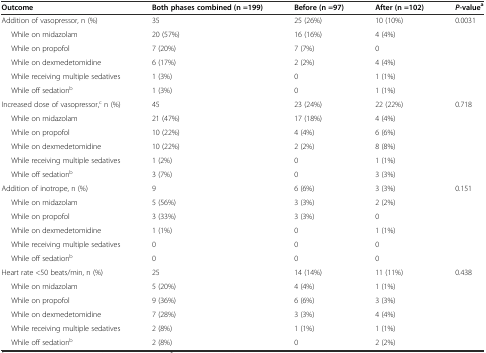
<table><thead><tr><td><b>Outcome</b></td><td><b>Both phases combined (n =199)</b></td><td><b>Before (n =97)</b></td><td><b>After (n =102)</b></td><td><b><i>P</i>-value<sup>a</sup></b></td></tr></thead><tbody><tr><td>Addition of vasopressor, n (%)</td><td>35</td><td>25 (26%)</td><td>10 (10%)</td><td>0.0031</td></tr><tr><td>While on midazolam</td><td>20 (57%)</td><td>16 (16%)</td><td>4 (4%)</td><td>[EMPTY_CELL]</td></tr><tr><td>While on propofol</td><td>7 (20%)</td><td>7 (7%)</td><td>0</td><td>[EMPTY_CELL]</td></tr><tr><td>While on dexmedetomidine</td><td>6 (17%)</td><td>2 (2%)</td><td>4 (4%)</td><td>[EMPTY_CELL]</td></tr><tr><td>While receiving multiple sedatives</td><td>1 (3%)</td><td>0</td><td>1 (1%)</td><td>[EMPTY_CELL]</td></tr><tr><td>While off sedation<sup>b</sup></td><td>1 (3%)</td><td>0</td><td>1 (1%)</td><td>[EMPTY_CELL]</td></tr><tr><td>Increased dose of vasopressor,<sup>c</sup> n (%)</td><td>45</td><td>23 (24%)</td><td>22 (22%)</td><td>0.718</td></tr><tr><td>While on midazolam</td><td>21 (47%)</td><td>17 (18%)</td><td>4 (4%)</td><td>[EMPTY_CELL]</td></tr><tr><td>While on propofol</td><td>10 (22%)</td><td>4 (4%)</td><td>6 (6%)</td><td>[EMPTY_CELL]</td></tr><tr><td>While on dexmedetomidine</td><td>10 (22%)</td><td>2 (2%)</td><td>8 (8%)</td><td>[EMPTY_CELL]</td></tr><tr><td>While receiving multiple sedatives</td><td>1 (2%)</td><td>0</td><td>1 (1%)</td><td>[EMPTY_CELL]</td></tr><tr><td>While off sedation<sup>b</sup></td><td>3 (7%)</td><td>0</td><td>3 (3%)</td><td>[EMPTY_CELL]</td></tr><tr><td>Addition of inotrope, n (%)</td><td>9</td><td>6 (6%)</td><td>3 (3%)</td><td>0.151</td></tr><tr><td>While on midazolam</td><td>5 (56%)</td><td>3 (3%)</td><td>2 (2%)</td><td>[EMPTY_CELL]</td></tr><tr><td>While on propofol</td><td>3 (33%)</td><td>3 (3%)</td><td>0</td><td>[EMPTY_CELL]</td></tr><tr><td>While on dexmedetomidine</td><td>1 (1%)</td><td>0</td><td>1 (1%)</td><td>[EMPTY_CELL]</td></tr><tr><td>While receiving multiple sedatives</td><td>0</td><td>0</td><td>0</td><td>[EMPTY_CELL]</td></tr><tr><td>While off sedation<sup>b</sup></td><td>0</td><td>0</td><td>0</td><td>[EMPTY_CELL]</td></tr><tr><td>Heart rate &lt;50 beats/min, n (%)</td><td>25</td><td>14 (14%)</td><td>11 (11%)</td><td>0.438</td></tr><tr><td>While on midazolam</td><td>5 (20%)</td><td>4 (4%)</td><td>1 (1%)</td><td>[EMPTY_CELL]</td></tr><tr><td>While on propofol</td><td>9 (36%)</td><td>6 (6%)</td><td>3 (3%)</td><td>[EMPTY_CELL]</td></tr><tr><td>While on dexmedetomidine</td><td>7 (28%)</td><td>3 (3%)</td><td>4 (4%)</td><td>[EMPTY_CELL]</td></tr><tr><td>While receiving multiple sedatives</td><td>2 (8%)</td><td>1 (1%)</td><td>1 (1%)</td><td>[EMPTY_CELL]</td></tr><tr><td>While off sedation<sup>b</sup></td><td>2 (8%)</td><td>0</td><td>2 (2%)</td><td>[EMPTY_CELL]</td></tr></tbody></table>